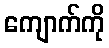
ကျောက်ကို